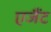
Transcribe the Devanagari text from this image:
एजैंट